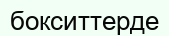
бокситтерде